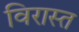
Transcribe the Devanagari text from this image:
विरास्त